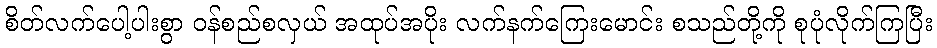
စိတ်လက်ပေါ့ပါးစွာ ဝန်စည်စလှယ် အထုပ်အပိုး လက်နက်ကြေးမောင်း စသည်တို့ကို စုပုံလိုက်ကြပြီး